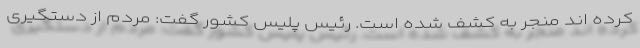
کرده اند منجر به کشف شده است. رئیس پلیس کشور گفت: مردم از دستگیری